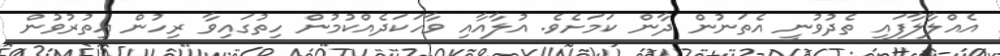
އެއްލާލާފައި ތެދުވުނީ އެތަނުން ދާން ކަމަށެވެ. އުލާއާއި ވާހަކަދެއްކުމުން ހިތުގައިވާ ރިހުން އިތުރުވުން